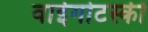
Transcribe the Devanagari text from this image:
वाईगोटस्की